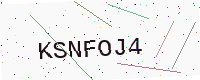
Text: KSNFOJ4